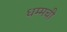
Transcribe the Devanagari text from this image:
धम्मची